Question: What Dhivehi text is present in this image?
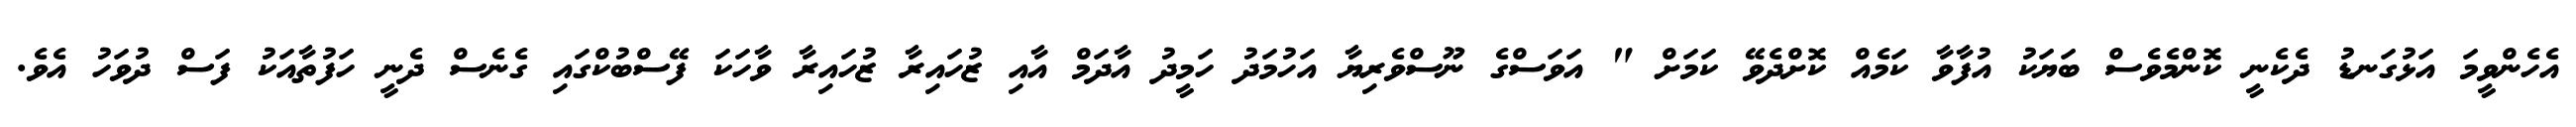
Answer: އެހެންވީމަ އަޅުގަނޑު ދެކެނީ ކޮންމެވެސް ބަޔަކު އުފާވާ ކަމެއް ކޮށްދެވޭ ކަމަށް " އަވަސްގެ ނޫސްވެރިޔާ އަހުމަދު ހަމީދު އާދަމް އާއި ޒުހައިރާ ޒުހައިރާ ވާހަކަ ފޭސްބުކްގައި ގެނެސް ދެނީ ހަފުތާއަކު ފަސް ދުވަހު އެވެ.